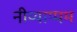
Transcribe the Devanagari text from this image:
नीय्याप्पम